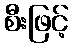
စီးဖြင့်